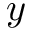
y